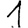
Digit: 1